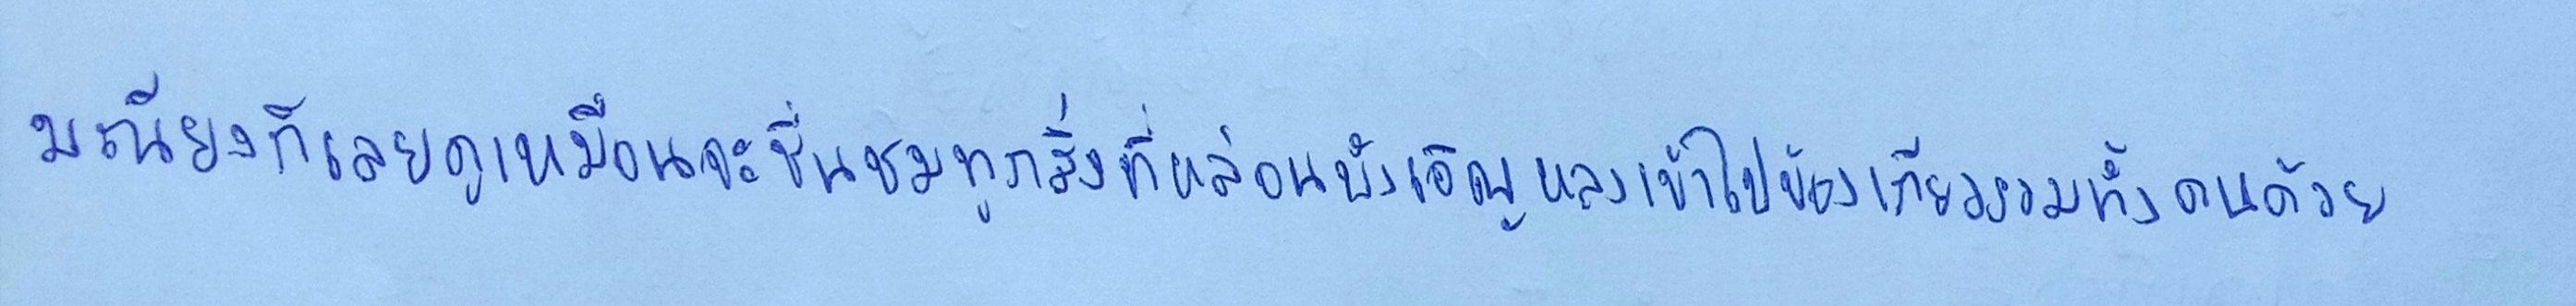
มณียงก็เลยดูเหมือนจะชื่นชมทุกสิ่งที่หล่อนบังเอิญหลงเข้าไปข้องเกี่ยวรวมทั้งคนด้วย